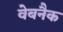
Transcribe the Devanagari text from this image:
वेबनैक